Scottish Leaving Certificate Examination, 1955
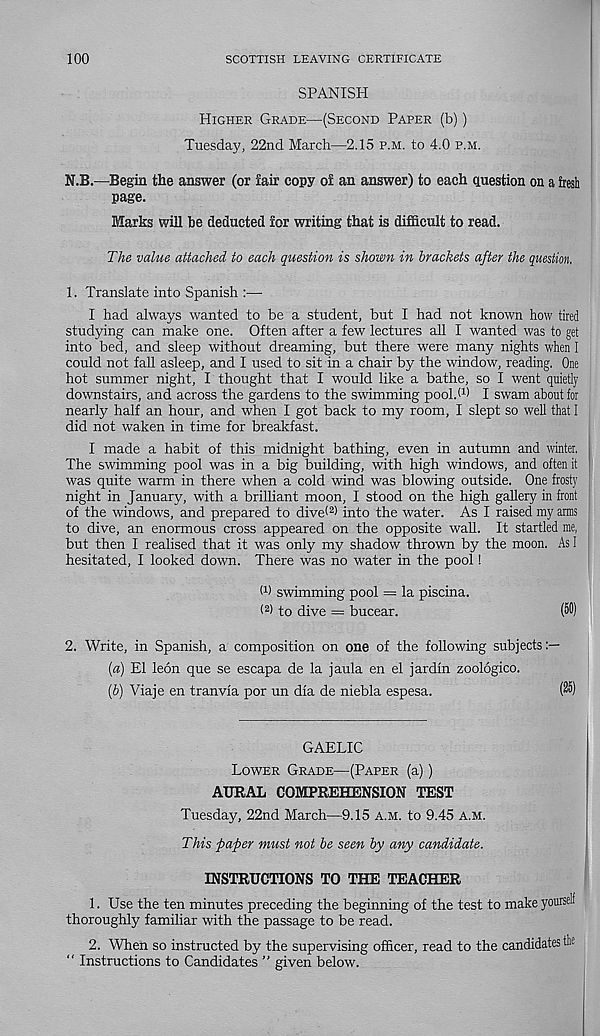
100
SCOTTISH LEAVING CERTIFICATE
SPANISH
Higher Grade—(Second Paper (b))
Tuesday, 22nd March—2.15 p.m. to 4.0 p.m.
N.B.—Begin the answer (or lair copy of an answer) to each question on a fresh
page.
Marks will be deducted for writing that is difficult to read.
The value attached to each question is shown in brackets after the question,
1. Translate into Spanish :—
I had always wanted to be a student, but I had not known how tired
studying can make one. Often after a few lectures all I wanted was to get
into bed, and sleep without dreaming, but there were many nights when I
could not fall asleep, and I used to sit in a chair by the window, reading. One
hot summer night, I thought that I would like a bathe, so I went quietly
downstairs, and across the gardens to the swimming pool.d) I swam about for
nearly half an hour, and when I got back to my room, I slept so well that I
did not waken in time for breakfast.
I made a habit of this midnight bathing, even in autumn and winter,
The swimming pool was in a big building, with high windows, and often it
was quite warm in there when a cold wind was blowing outside. One frosty
night in January, with a brilliant moon, I stood on the high gallery in front
of the windows, and prepared to dive< 2 ) into the water. As I raised my arms
to dive, an enormous cross appeared on the opposite wall. It startled me,
but then I realised that it was only my shadow thrown by the moon. As I
hesitated, I looked down. There was no water in the pool!
M swimming pool = la piscina.
< 2 ) to dive = bucear.
(50)
2. Write, in Spanish, a composition on one of the following subjects:—
(a) El leon que se escapa de la jaula en el jardfn zoologico.
[b) Viaje en tranvia por un dfa de niebla espesa.
(85)
GAELIC
Lower Grade—(Paper (a))
AURAL COMPREHENSION TEST
Tuesday, 22nd March—9.15 a.m. to 9.45 A.M.
This paper must not be seen by any candidate.
INSTRUCTIONS TO THE TEACHER
1. Use the ten minutes preceding the beginning of the test to make yourself
thoroughly familiar with the passage to be read.
2. When so instructed by the supervising officer, read to the candidates the
“ Instructions to Candidates ” given below.